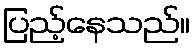
ပြည့်နေသည်။